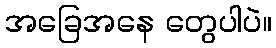
အခြေအနေ တွေပါပဲ။